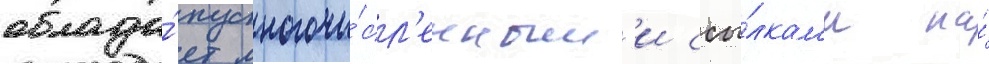
облада́ет многочи́сл'енным'и ссы́лкам'и на́